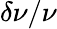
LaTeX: \delta\nu/\nu